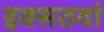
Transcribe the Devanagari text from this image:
इक्सठवां